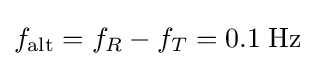
f_{\rm {alt}}=f_{R}-f_{T}=0.1\;\mathrm {Hz}